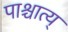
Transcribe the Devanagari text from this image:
पाश्चात्य्